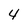
Character: 4